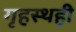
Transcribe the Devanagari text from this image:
गृहस्थही